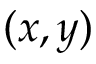
( x , y )